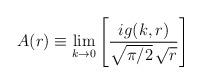
LaTeX: \begin{align*}A(r)\equiv \lim_{k\to 0}\left[{ig(k,r)\over\sqrt{\pi/2}\,\sqrt{r}}\right]\end{align*}